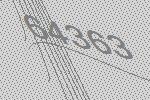
64363